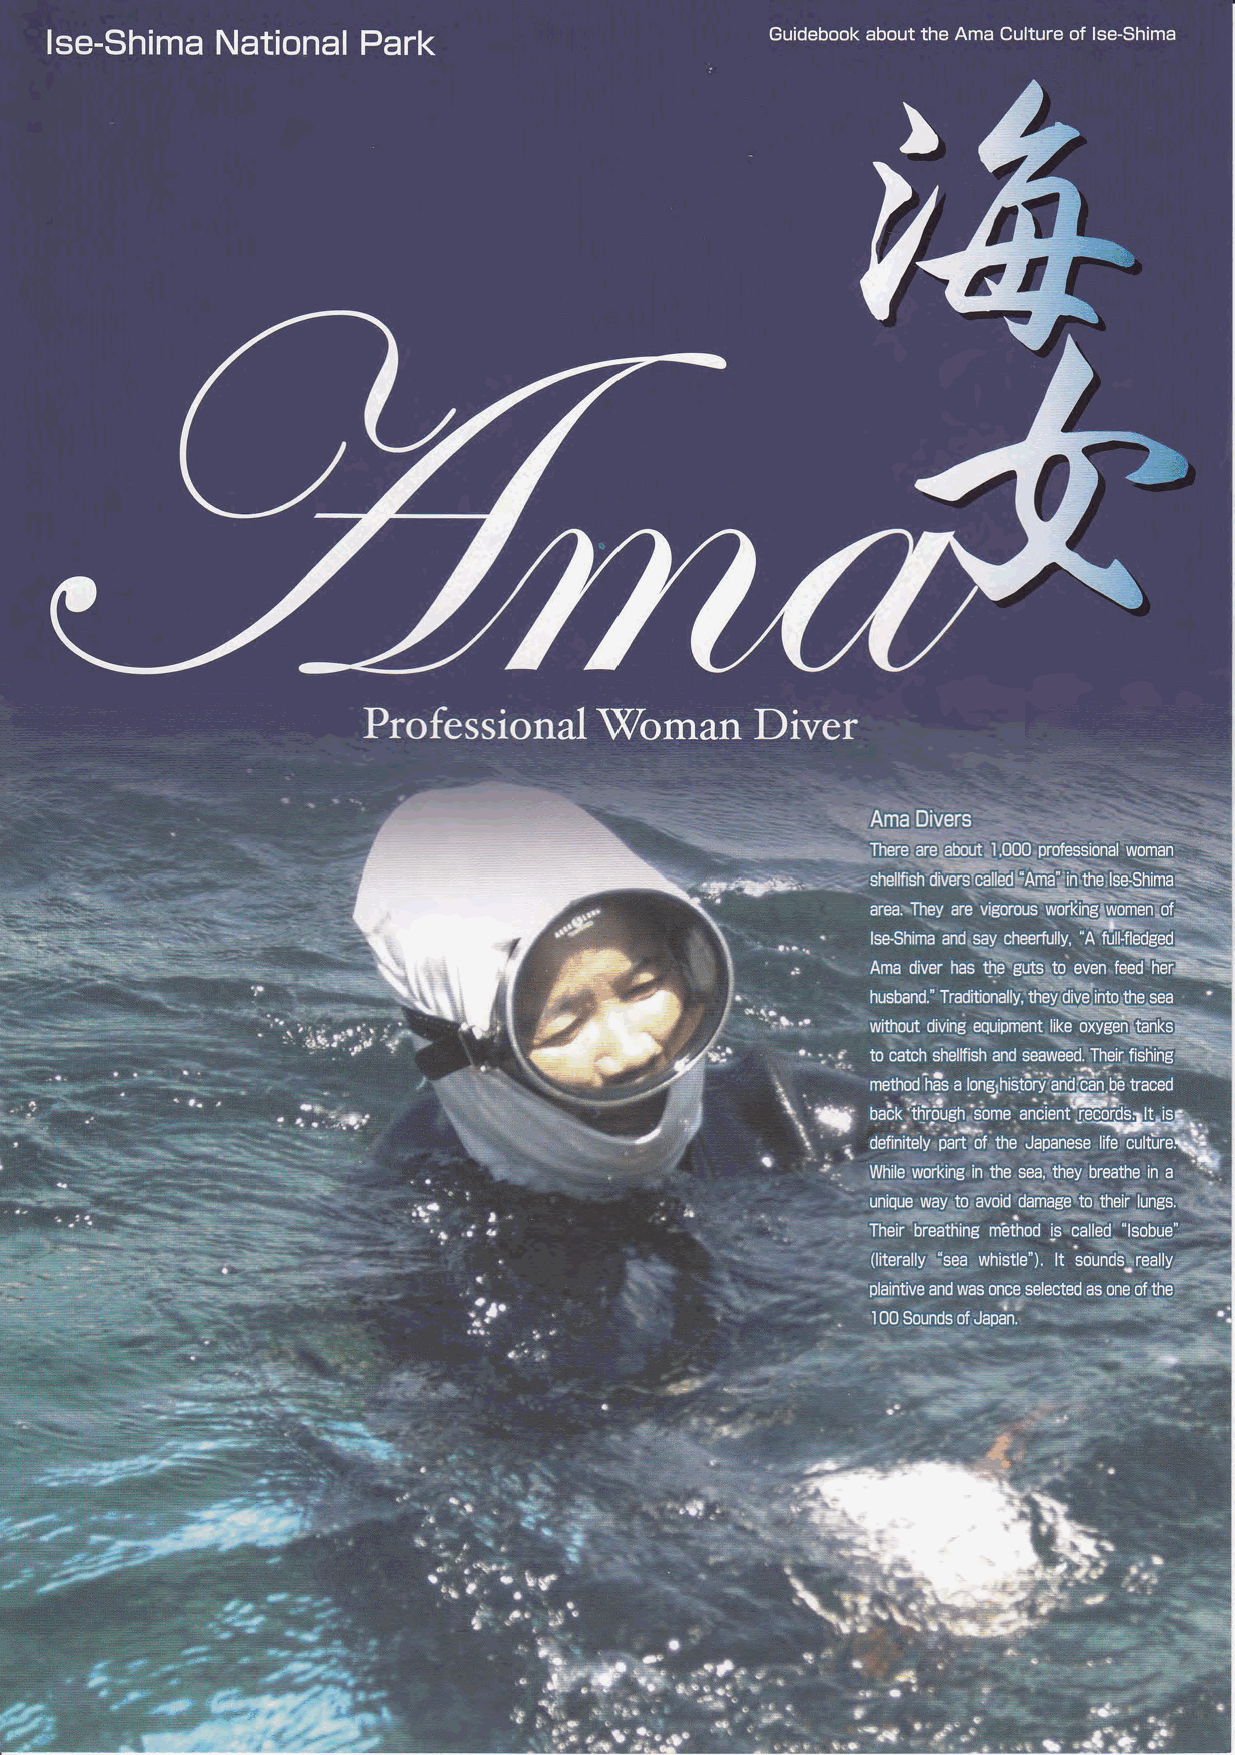
lse-Shima  National  Park                       Guidebook about the Ama Culture of lse-Shima
 Professional   \Xbman     Diver
 ll‐1,夏i tO
 ёatCh Sharbh and"aWII111T警!|'11暉
 品品 熟記
 ,さ          traoёd
 Ⅲ藝轟曇
 薩          111竜
 ||■         イ            雷    “
 ||■
 |‐  ||ず         １
 |ゞ  =   :ヽ
 ‐
 秦・
 100.S“nd,OfJIIJ
 ‐
 ■||ガ   I写マレ]|■|l       ‐l l11=よ
 11■‐■‐‐
 ■ |■‐|■llヽ ?瞑馴■■■■魃予邊ゞ
 |ず■         1警■‐          |ゞl導‐
 |■
 |1鼈|や  隋隆尚語
 ‐‐
 i鯰
 |ざ
 :1‐ |.‐
 ■■・‐
 :■
 |1